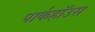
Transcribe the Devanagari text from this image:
पार्कहॉउस